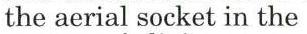
the aerial socket in the